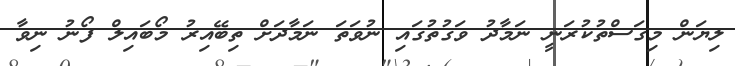
ލިޔަން މިގަސްތުކުރަނީ ނަމާދު ވަގުތުގައި ނުވަތަ ނަމާދަށް ތިބޭއިރު މޯބައިލް ފޯނު ނިވާ